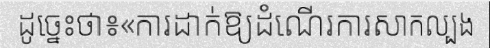
ដូច្នេះថា៖«ការដាក់ឱ្យដំណើរការសាកល្បង